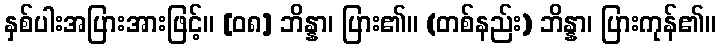
နှစ်ပါးအပြားအားဖြင့်။ [၀၈] ဘိန္နာ၊ ပြား၏။ (တစ်နည်း) ဘိန္နာ၊ ပြားကုန်၏။